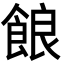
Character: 𩛡